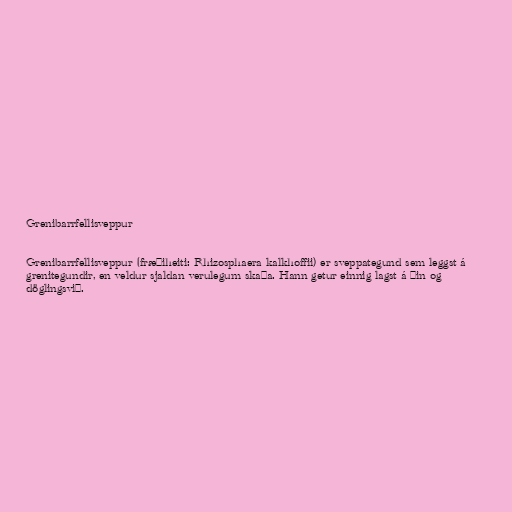
Grenibarrfellisveppur

Grenibarrfellisveppur (fræðiheiti: Rhizosphaera kalkhoffii) er sveppategund sem leggst á
grenitegundir, en veldur sjaldan verulegum skaða. Hann getur einnig lagst á þin og
döglingsvið.